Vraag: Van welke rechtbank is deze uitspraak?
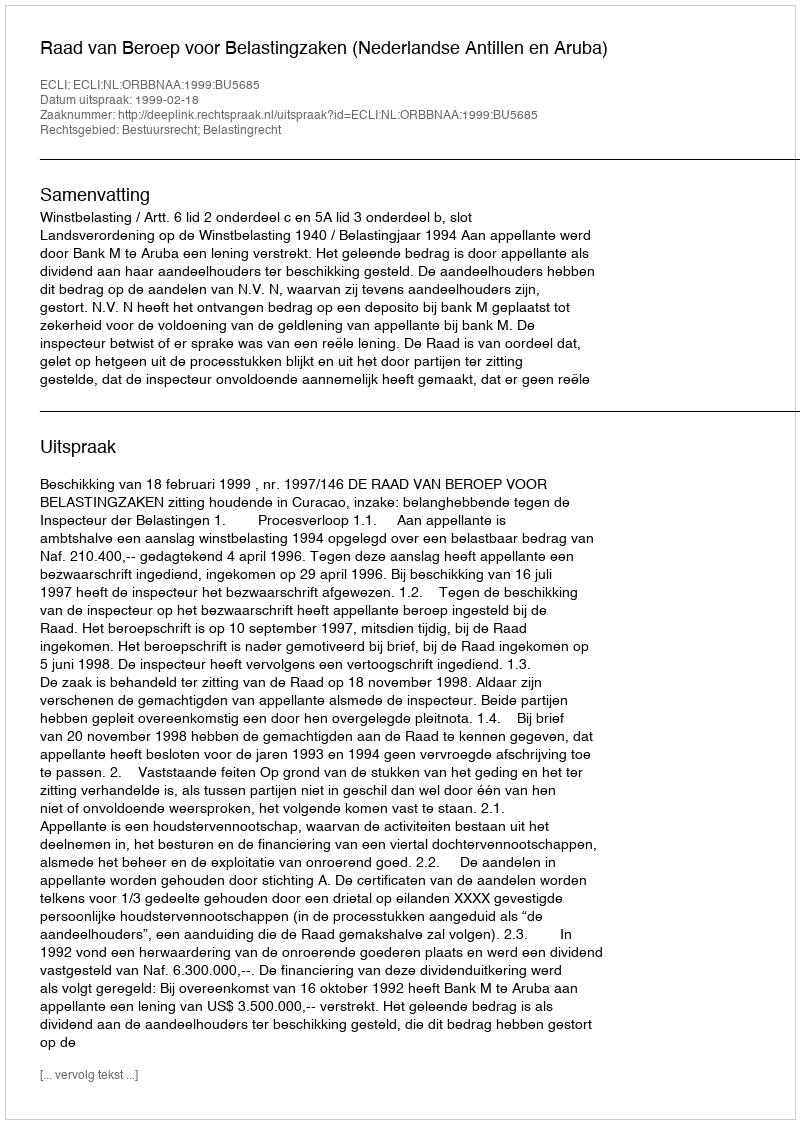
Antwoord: Raad van Beroep voor Belastingzaken (Nederlandse Antillen en Aruba)